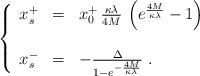
LaTeX: \begin{align*}\left\{\begin{array}{lll}x^+_s&=&x^+_0\,\frac{\kappa\lambda}{4M}\,\left(e^{\frac{4M}{\kappa\lambda}}-1\right)\\\\x^-_s&=&-\frac{\Delta}{1-e^{-\frac{4M}{\kappa\lambda}}}\;.\end{array}\right.\end{align*}